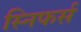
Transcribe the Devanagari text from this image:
स्निफर्स